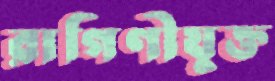
রাগিণীযুক্ত